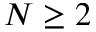
N \geq 2